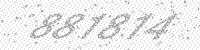
Solution: 881814